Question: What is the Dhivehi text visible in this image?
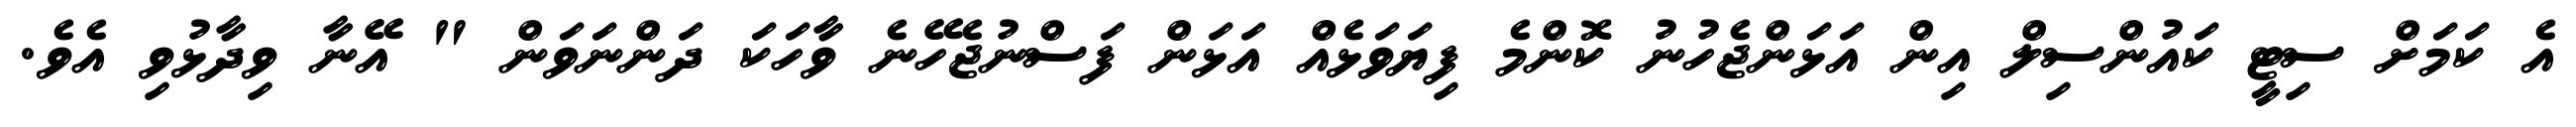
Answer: އެ ކަމަށް ސިޓީ ކައުންސިލް އިން އަޅަންޖެހުނު ކޮންމެ ފިޔަވަޅެއް އަޅަން ފަސްނުޖެހޭނެ ވާހަކަ ދަންނަވަން " އޭނާ ވިދާޅުވި އެވެ.